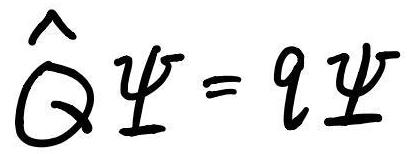
$\hat{Q}\Psi = q\Psi$